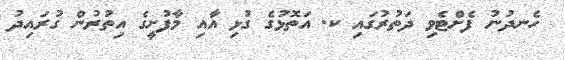
ހެނދުނު ފެށްޓެވި ދަތުރުގައި ކ. އަތޮޅުގެ ގުޅި އާއި މާފުށީގެ އިތުރުން ގުރައިދު